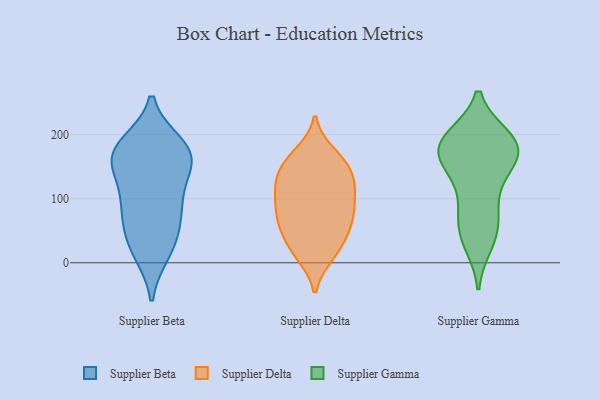
{"axis": {"x": "LTV (USD)", "y": "Value"}, "legend": ["Supplier Beta", "Supplier Delta", "Supplier Gamma"], "data": [{"x": "", "y": 44, "type": "Supplier Beta"}, {"x": "", "y": 162, "type": "Supplier Beta"}, {"x": "", "y": 62, "type": "Supplier Beta"}, {"x": "", "y": 177, "type": "Supplier Beta"}, {"x": "", "y": 179, "type": "Supplier Beta"}, {"x": "", "y": 146, "type": "Supplier Beta"}, {"x": "", "y": 99, "type": "Supplier Beta"}, {"x": "", "y": 89, "type": "Supplier Beta"}, {"x": "", "y": 162, "type": "Supplier Beta"}, {"x": "", "y": 96, "type": "Supplier Beta"}, {"x": "", "y": 161, "type": "Supplier Beta"}, {"x": "", "y": 17, "type": "Supplier Beta"}, {"x": "", "y": 184, "type": "Supplier Beta"}, {"x": "", "y": 21, "type": "Supplier Beta"}, {"x": "", "y": 117, "type": "Supplier Delta"}, {"x": "", "y": 57, "type": "Supplier Delta"}, {"x": "", "y": 151, "type": "Supplier Delta"}, {"x": "", "y": 142, "type": "Supplier Delta"}, {"x": "", "y": 170, "type": "Supplier Delta"}, {"x": "", "y": 65, "type": "Supplier Delta"}, {"x": "", "y": 113, "type": "Supplier Delta"}, {"x": "", "y": 129, "type": "Supplier Delta"}, {"x": "", "y": 80, "type": "Supplier Delta"}, {"x": "", "y": 66, "type": "Supplier Delta"}, {"x": "", "y": 13, "type": "Supplier Delta"}, {"x": "", "y": 26, "type": "Supplier Delta"}, {"x": "", "y": 13, "type": "Supplier Delta"}, {"x": "", "y": 105, "type": "Supplier Delta"}, {"x": "", "y": 87, "type": "Supplier Delta"}, {"x": "", "y": 66, "type": "Supplier Delta"}, {"x": "", "y": 116, "type": "Supplier Delta"}, {"x": "", "y": 33, "type": "Supplier Delta"}, {"x": "", "y": 163, "type": "Supplier Delta"}, {"x": "", "y": 156, "type": "Supplier Delta"}, {"x": "", "y": 156, "type": "Supplier Gamma"}, {"x": "", "y": 189, "type": "Supplier Gamma"}, {"x": "", "y": 47, "type": "Supplier Gamma"}, {"x": "", "y": 43, "type": "Supplier Gamma"}, {"x": "", "y": 154, "type": "Supplier Gamma"}, {"x": "", "y": 31, "type": "Supplier Gamma"}, {"x": "", "y": 167, "type": "Supplier Gamma"}, {"x": "", "y": 192, "type": "Supplier Gamma"}, {"x": "", "y": 83, "type": "Supplier Gamma"}, {"x": "", "y": 182, "type": "Supplier Gamma"}, {"x": "", "y": 79, "type": "Supplier Gamma"}, {"x": "", "y": 155, "type": "Supplier Gamma"}, {"x": "", "y": 115, "type": "Supplier Gamma"}, {"x": "", "y": 194, "type": "Supplier Gamma"}, {"x": "", "y": 195, "type": "Supplier Gamma"}, {"x": "", "y": 180, "type": "Supplier Gamma"}]}